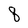
Character: q